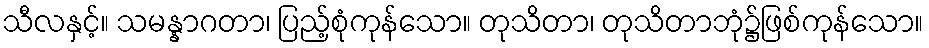
သီလနှင့်။ သမန္နာဂတာ၊ ပြည့်စုံကုန်သော။ တုသိတာ၊ တုသိတာဘုံ၌ဖြစ်ကုန်သော။